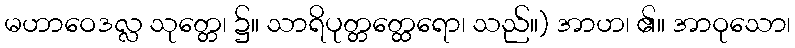
မဟာဝေဒလ္လ သုတ္တေ၊ ၌။ သာရိပုတ္တတ္ထေရော၊ သည်။) အာဟ၊ ၏။ အာဝုသော၊